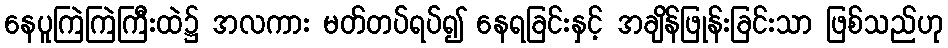
နေပူကြဲကြဲကြီးထဲ၌ အလကား မတ်တပ်ရပ်၍ နေရခြင်းနှင့် အချိန်ဖြုန်းခြင်းသာ ဖြစ်သည်ဟု